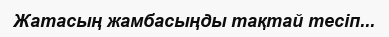
Жатасың жамбасыңды тақтай тесіп...